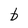
Character: b